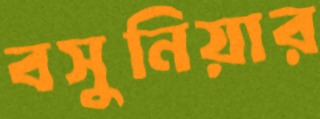
বসুনিয়ার